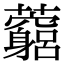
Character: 𧅓